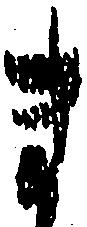
ま